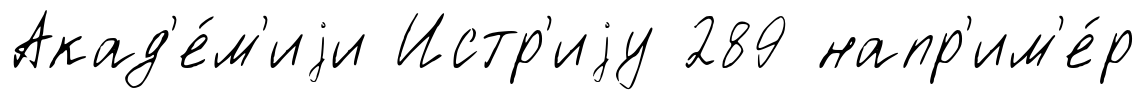
Акад'е́м'иjи Истр'иjу 289 напр'им'е́р